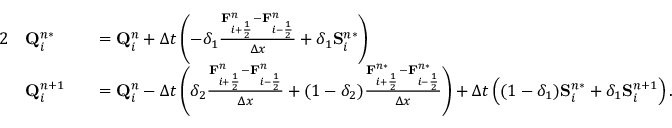
\begin{array} { r l r l } { { 2 } } & { \mathbf { Q } _ { i } ^ { n * } } & & { = \mathbf { Q } _ { i } ^ { n } + \Delta t \left( - \delta _ { 1 } \frac { \mathbf { F } _ { i + \frac { 1 } { 2 } } ^ { n } - \mathbf { F } _ { i - \frac { 1 } { 2 } } ^ { n } } { \Delta x } + \delta _ { 1 } \mathbf { S } _ { i } ^ { n * } \right) } \\ & { \mathbf { Q } _ { i } ^ { n + 1 } } & & { = \mathbf { Q } _ { i } ^ { n } - \Delta t \left( \delta _ { 2 } \frac { \mathbf { F } _ { i + \frac { 1 } { 2 } } ^ { n } - \mathbf { F } _ { i - \frac { 1 } { 2 } } ^ { n } } { \Delta x } + ( 1 - \delta _ { 2 } ) \frac { \mathbf { F } _ { i + \frac { 1 } { 2 } } ^ { n * } - \mathbf { F } _ { i - \frac { 1 } { 2 } } ^ { n * } } { \Delta x } \right) + \Delta t \left( ( 1 - \delta _ { 1 } ) \mathbf { S } _ { i } ^ { n * } + \delta _ { 1 } \mathbf { S } _ { i } ^ { n + 1 } \right) . } \end{array}